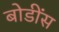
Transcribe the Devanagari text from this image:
बोडींस